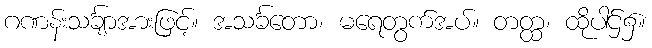
ဂဏန်းသင်္ချာအားဖြင့်။ အသင်္ခတော၊ မရေတွက်အပ်။ တတ္ထ၊ ထိုပါဌ်၌။